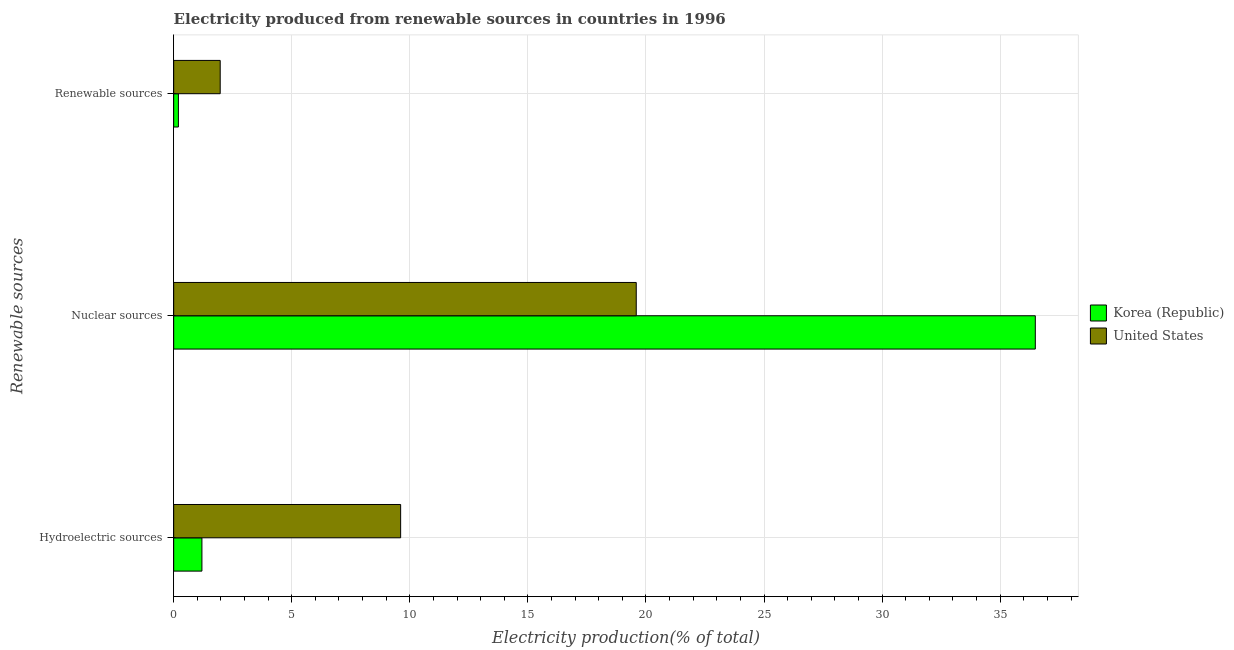
| Renewable sources | Korea (Republic) | United States |
 | --- | --- | --- |
 | Hydroelectric sources | 1.2 | 9.61 |
 | Nuclear sources | 36.5 | 19.6 |
 | Renewable sources | 0.2 | 1.97 |